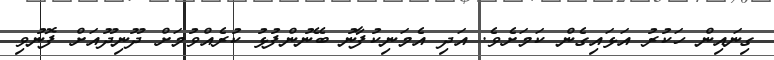
ގިނައިން ހަކުރު އަޅައިގެން ކަމަށެވެ. އަދި އެމަނިކުފާނު ބޭނުންފުޅު ކުރެއްވުމަށް ދޫނިދޫއަށް ފޮނުވި